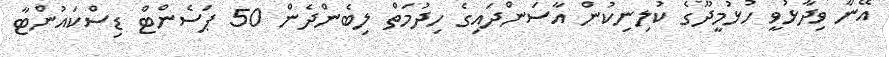
އޭނާ ވިދާޅުވީ ހުޅުމީދޫގެ ކުލިނިކުން އާސަންދައިގެ ހިދުމަތް ލިބެންދެން 50 ޕަސެންޓް ޑިސްކައުންޓާ